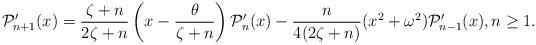
LaTeX: \begin{align*}\mathcal{P}'_{n+1}(x)=\dfrac{\zeta+n}{2\zeta+n} \left(x-\dfrac{\theta}{\zeta+n}\right)\mathcal{P}'_n(x)-\dfrac{n}{4(2\zeta+n)} (x^2+\omega^2)\mathcal{P}'_{n-1}(x), n \geq 1.\end{align*}